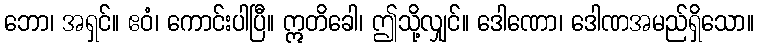
ဘော၊ အရှင်။ ဧဝံ၊ ကောင်းပါပြီ။ ဣတိခေါ၊ ဤသို့လျှင်။ ဒေါဏော၊ ဒေါဏအမည်ရှိသော။